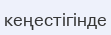
кеңестігінде